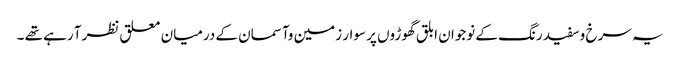
یہ سرخ وسفید رنگ کے نوجوان ابلق گھوڑوں پر سوار زمین وآسمان کے درمیان معلق نظرآ رہے تھے ۔